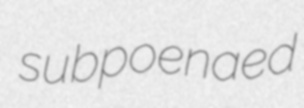
subpoenaed